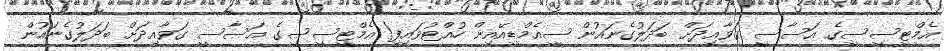
އެމްޓީސީސީގެ އަސާސީ ޤަވާއިދަށް ބަދަލުގެނައުން ސީއެމްޑީއޭއިން ހުއްޓުވައިފި! އެމްޓީސީސީގެ އަސާސީ ގަވާއިދަށް ބަދަލުގެނައުން